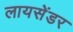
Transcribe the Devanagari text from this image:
लायसेंडर